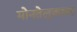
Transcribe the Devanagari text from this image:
मोनतेलुकास्ट